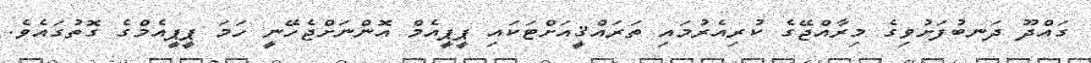
ގައްދޫ ދަނބުފަށުވިގެ މިރާއްޖޭގެ ކުރިއެރުމައި ތަރައްޤީއަށްޓަކައި ޕީޕީއެމް އޮންނަށްޖެހޭނީ ހަމަ ޕީޕީއެމްގެ ގޮތުގައެވެ.